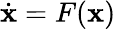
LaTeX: {\dot{\mathbf{x}}}=F(\mathbf{x})